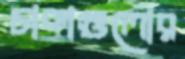
চাকাগুলোর